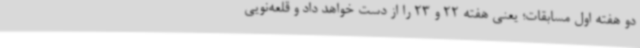
دو هفته اول مسابقات؛ یعنی هفته 22 و 23 را از دست خواهد داد و قلعه‌نویی